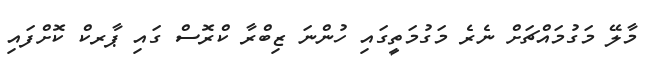
މާލޭ މަގުމައްޗަށް ނެރެ މަގުމަތީގައި ހުންނަ ޒިބްރާ ކްރޮސް ގައި ޕާރކް ކޮށްފައި